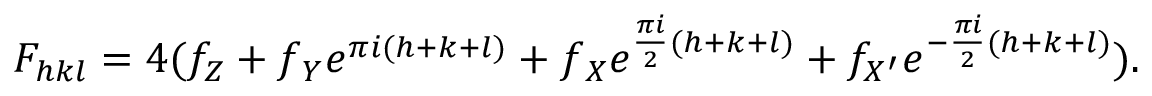
F _ { h k l } = 4 ( f _ { Z } + f { _ Y } e ^ { { \pi } i ( h + k + l ) } + f { _ X } e ^ { \frac { { \pi } i } { 2 } ( h + k + l ) } + f _ { X ^ { \prime } } e ^ { - \frac { { \pi } i } { 2 } ( h + k + l ) } ) .